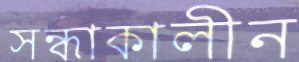
সন্ধাকালীন